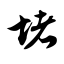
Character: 堵